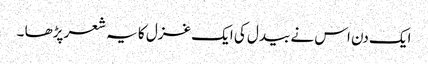
ایک دن اس نے بیدل کی ایک غزل کا یہ شعر پڑھا ۔